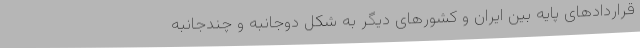
قراردادهای پایه بین ایران و کشورهای دیگر به شکل دوجانبه و چندجانبه